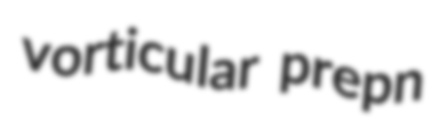
vorticular prepn